Medical and sanitary report of the native army of Bengal for the year
Year: 1874
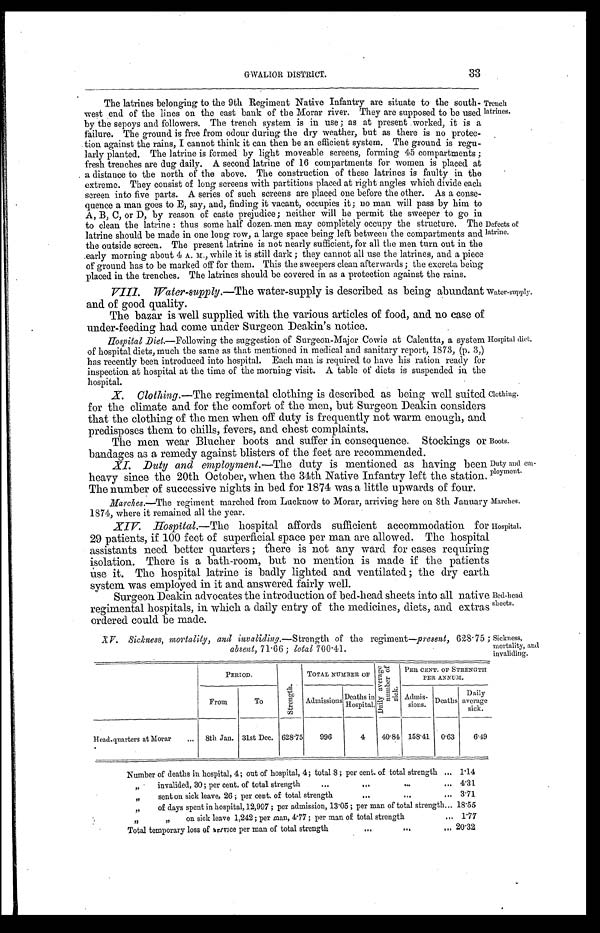
Duty and em-
ployment
.
Marches.
33
GWALIOR DISTRICT.
The latrines belonging to the 9th Regiment Native Infantry are situate to the south
-
west end of the lines on the east bank of the Morar river. They are supposed to be used
by the sepoys and followers. The trench system is in use; as at present worked, it is a
failure. The ground is free from odour during the dry weather, but as there is no protec
-
tion against the rains, I cannot think it can then be an efficient system. The ground is regu
-
larly planted. The latrine is formed by light moveable screens, forming 45 compartments;
fresh trenches are dug daily. A second latrine of 16 compartments for women is placed at
a distance to the north of the above. The construction of these latrines is faulty in the
extreme. They consist of long screens with partitions placed at right angles which divide each
screen into five parts. A series of such screens are placed one before the other. As a conse
-
quence a man goes to E, say, and, finding it vacant, occupies it; no man will pass by him to
A, B, C, or D, by reason of caste prejudice; neither will he permit the sweeper to go in
to clean the latrine: thus some half dozen men may completely occupy the structure. The
latrine should be made in one long row, a large space being left between the compartments and
the outside screen. The present latrine is not nearly sufficient, for all the men turn out in the
early morning about 4 A. M., while it is still dark; they cannot all use the latrines, and a piece
of ground has to be marked off for them. This the sweepers clean afterwards; the excreta being
placed in the trenches. The latrines should be covered in as a protection against the rains.
VIII. Water-supply.— The water-supply is described as being abundant
and of good quality.
The bazar is well supplied with the various articles of food, and no case of
under-feeding had come under Surgeon Deakin's notice.
Hospital Diet .—Following the suggestion of Surgeon-Major Cowie at Calcutta, a system
of hospital diets, much the same as that mentioned in medical and sanitary report, 1873, (p. 3,)
has recently been introduced into hospital. Each man is required to have his ration ready for
inspection at hospital at the time of the morning visit. A table of diets is suspended in the
h o s p i t a l .
Trench
latrines.
Defects of
latrine.
Water-supply.
Hospital diet.
X. Clothing.— The regimental clothing is described as being well suited
for the climate and for the comfort of the men, but Surgeon Deakin considers
that the clothing of the men when off duty is frequently not warm enough, and
predisposes them to chills, fevers, and chest complaints.
The men wear Blucher boots and suffer in consequence. Stockings or
bandages as a remedy
against blisters of the feet are recommended.
Clothing.
Boots.
XI. Duty and employment.— The duty is mentioned as having been
heavy since the 20th October, when the 34th Native Infantry left the station.
The number of successive nights in bed for 1874 was a little upwards of four.
Marches.—The regiment marched from Lucknow to Morar, arriving here on 8th January
1874, where it remained all the year.
XIV. Hospital.—T h eh
o s p i t a l a f f o r d s s u f f i c i e n t a c c o m m o d a t i o n f o r
29 patients, if 100 feet of superficial space per man are allowed. The hospital
assistants need better quarters; there is not any ward for cases requiring
isolation. There is a bath-room, but no mention is made if the patients
use it. The hospital latrine is badly lighted and ventilated; the dry earth
system, was employed in it and answered fairly well.
Surgeon Deakin advocates the introduction of bed-head sheets into all native
regimental hospitals, in which a daily entry of the medicines, diets, and extras
ordered could be made.
XV. Sickness, mortaliy, and invaliding.—Strength of the regiment —present, 628.75;
absent, 71.66 ; t otal 700.41.
Hospital.
Bed-head
sheets.
Sickness,
mortality, and
invaliding.
PERIOD.
S t r e n g t h .
TOTAL NUMBER OF
D a i l y a v e r a g e n u m b e r o f s i c k .
PER CENT. OF STRENGTH
PER ANNUM.
From
To
Admissions
Deaths in
H o s p i t a l .
Admis-
sions.
Deaths
Daily
average
sick.
Head-quarters at Morar . . .
8th Jan.
31st Dec.
628.75
996
4
40.84
158.41
0.63
6.49
Number of deaths in hospital, 4; out of hospital, 4; total 8; per cent. of total strength . . . 1.14
" i n v a l i d e d , 3 0 ; p e r c e n t . o f t o t a l s t r e n g t h . . .
4.31
" s e n t o n s i c k l e a v e , 2 6 ; p e r c e n t . o f t o t a l s t r e n g t h . . . 3.71
" of days spent in hospital, 12,907 ; per admission, 13.05; per man of total strength . . . 18.55
" " on sick leave 1,242; per man, 4.77; per man of total strength . . .
1.77
Total temporary loss of service per man of total strength . . . 20.32